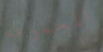
المجموعه